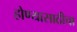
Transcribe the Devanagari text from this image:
होण्यासाठीचा